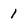
Character: 1